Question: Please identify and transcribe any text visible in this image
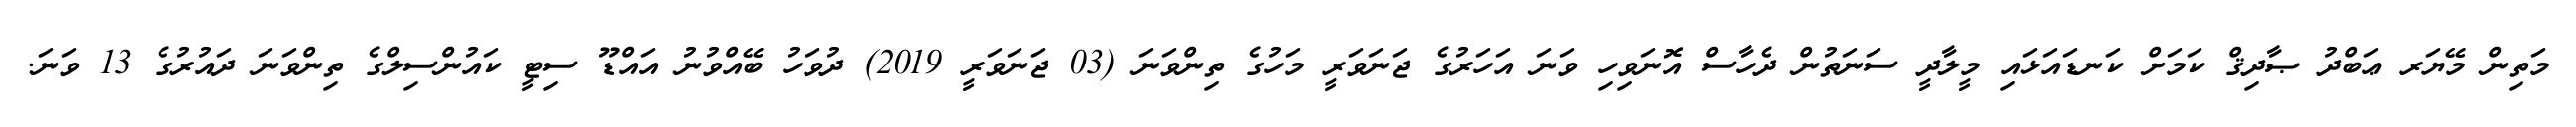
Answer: މަތިން މޭޔަރ ޢަބްދު ޞާދިޤް ކަމަށް ކަނޑައަޅައި މީލާދީ ސަނަތުން ދެހާސް އޮނަވިހި ވަނަ އަހަރުގެ ޖަނަވަރީ މަހުގެ ތިންވަނަ (03 ޖަނަވަރީ 2019) ދުވަހު ބޭއްވުނު އައްޑޫ ސިޓީ ކައުންސިލްގެ ތިންވަނަ ދައުރުގެ 13 ވަނަ.